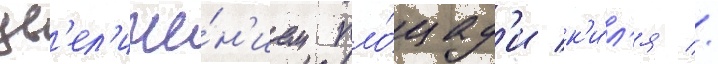
ув'ел'иче́н'ием пло́щад'и к'и́л'я //